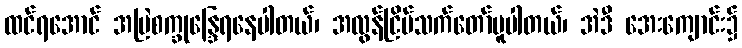
ထင်ရအောင် အမြဲစက္ခုန္ဒြေရနေပါတယ်၊ အလွန်ငြိမ်သက်တော်မူပါတယ်၊ အဲဒီ အေးကျောင်း၌